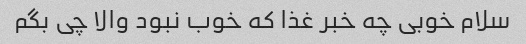
سلام خوبی چه خبر غذا که خوب نبود والا چی بگم